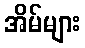
အိမ်များ